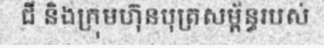
ជី និងក្រុមហ៊ុនបុត្រសម្ព័ន្ធរបស់